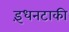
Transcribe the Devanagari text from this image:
इंधनटाकी